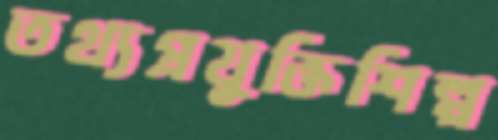
তথ্যপ্রযুক্তিশিল্প